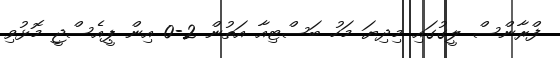
ފްރާންސް ލީގުގައި މިދިޔަ މަހު ބަސްޓިއާ އަތުން 2-0 އިން ޕީއެސްޖީ މޮޅުވި